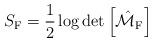
LaTeX: \begin{align*}S_{\rm F}=\frac{1}{2}\log\det\left[\hat{\cal M}_{\rm F}\right] \end{align*}